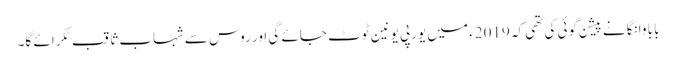
بابا وانگا نے پیشن گوئی کی تھی کہ 2019ء میں یورپی یونین ٹوٹ جائے گی اور روس سے شہاب ثاقب ٹکرائے گا۔